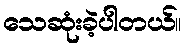
သေဆုံးခဲ့ပါတယ်။